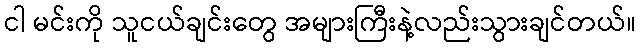
ငါ မင်းကို သူငယ်ချင်းတွေ အများကြီးနဲ့လည်းသွားချင်တယ်။